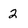
Character: 2